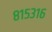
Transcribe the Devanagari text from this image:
८१५३१६